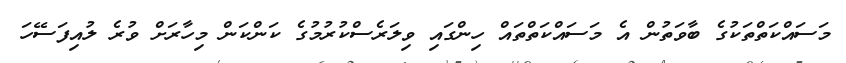
މަސައްކަތްތަކުގެ ބާވަތުން އެ މަސައްކަތްތައް ހިންގައި ވިލަރެސްކުރުމުގެ ކަންކަން މިހާރަށް ވުރެ ލުއިފަސޭހަ